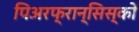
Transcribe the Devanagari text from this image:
पिअरफ्रान्सिस्को